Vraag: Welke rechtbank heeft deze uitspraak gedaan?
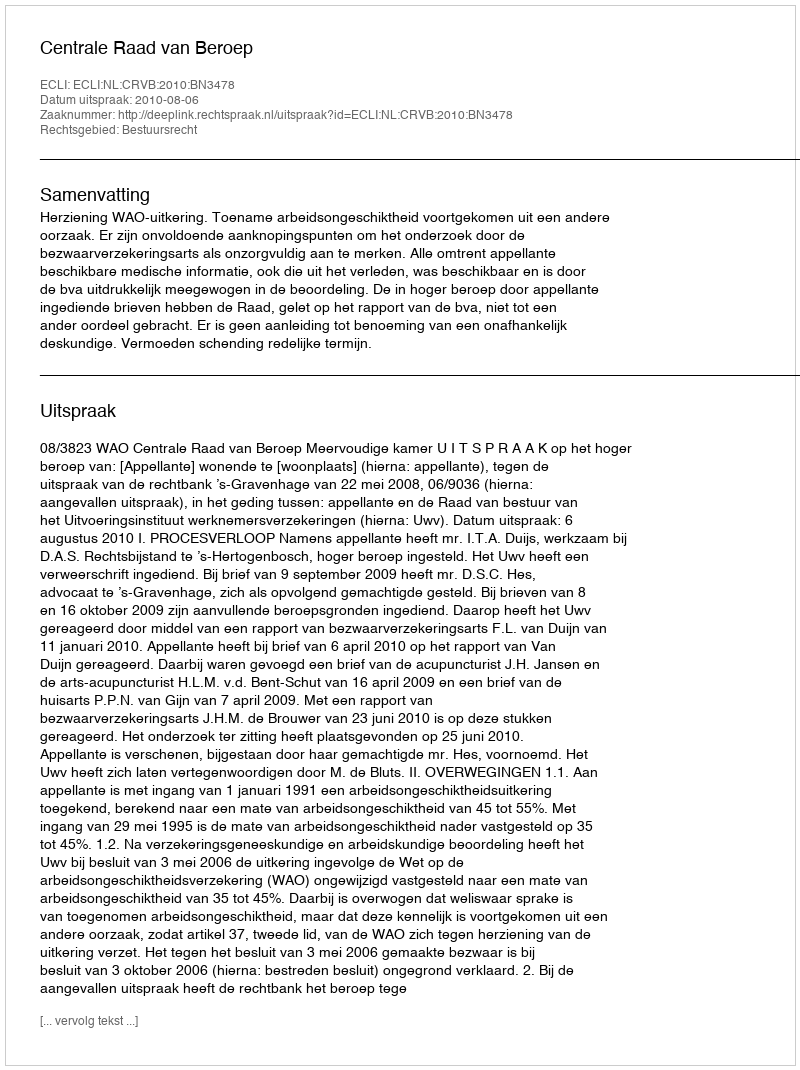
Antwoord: Centrale Raad van Beroep